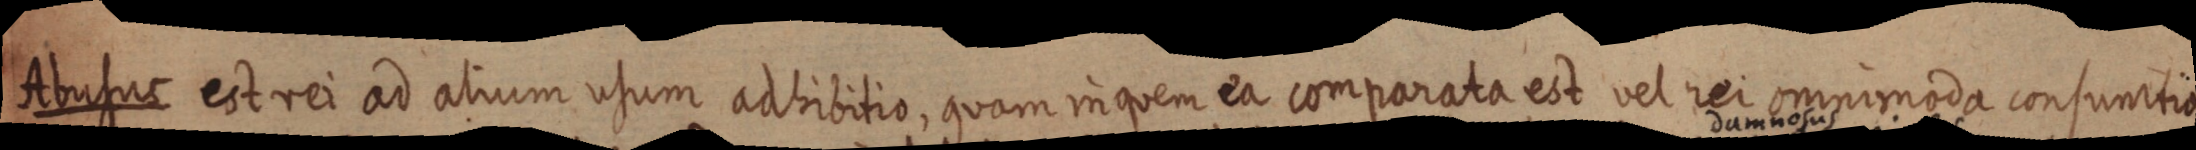
Abusus est rei ad aliuum usum adhibitio, quam in quem ea comparata est vel rei omnimoda consumtio